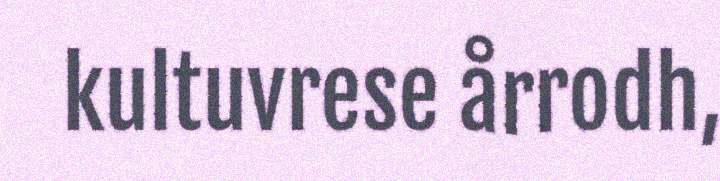
kultuvrese årrodh,